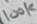
Text: 100K